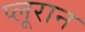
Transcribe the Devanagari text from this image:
प्लूरान